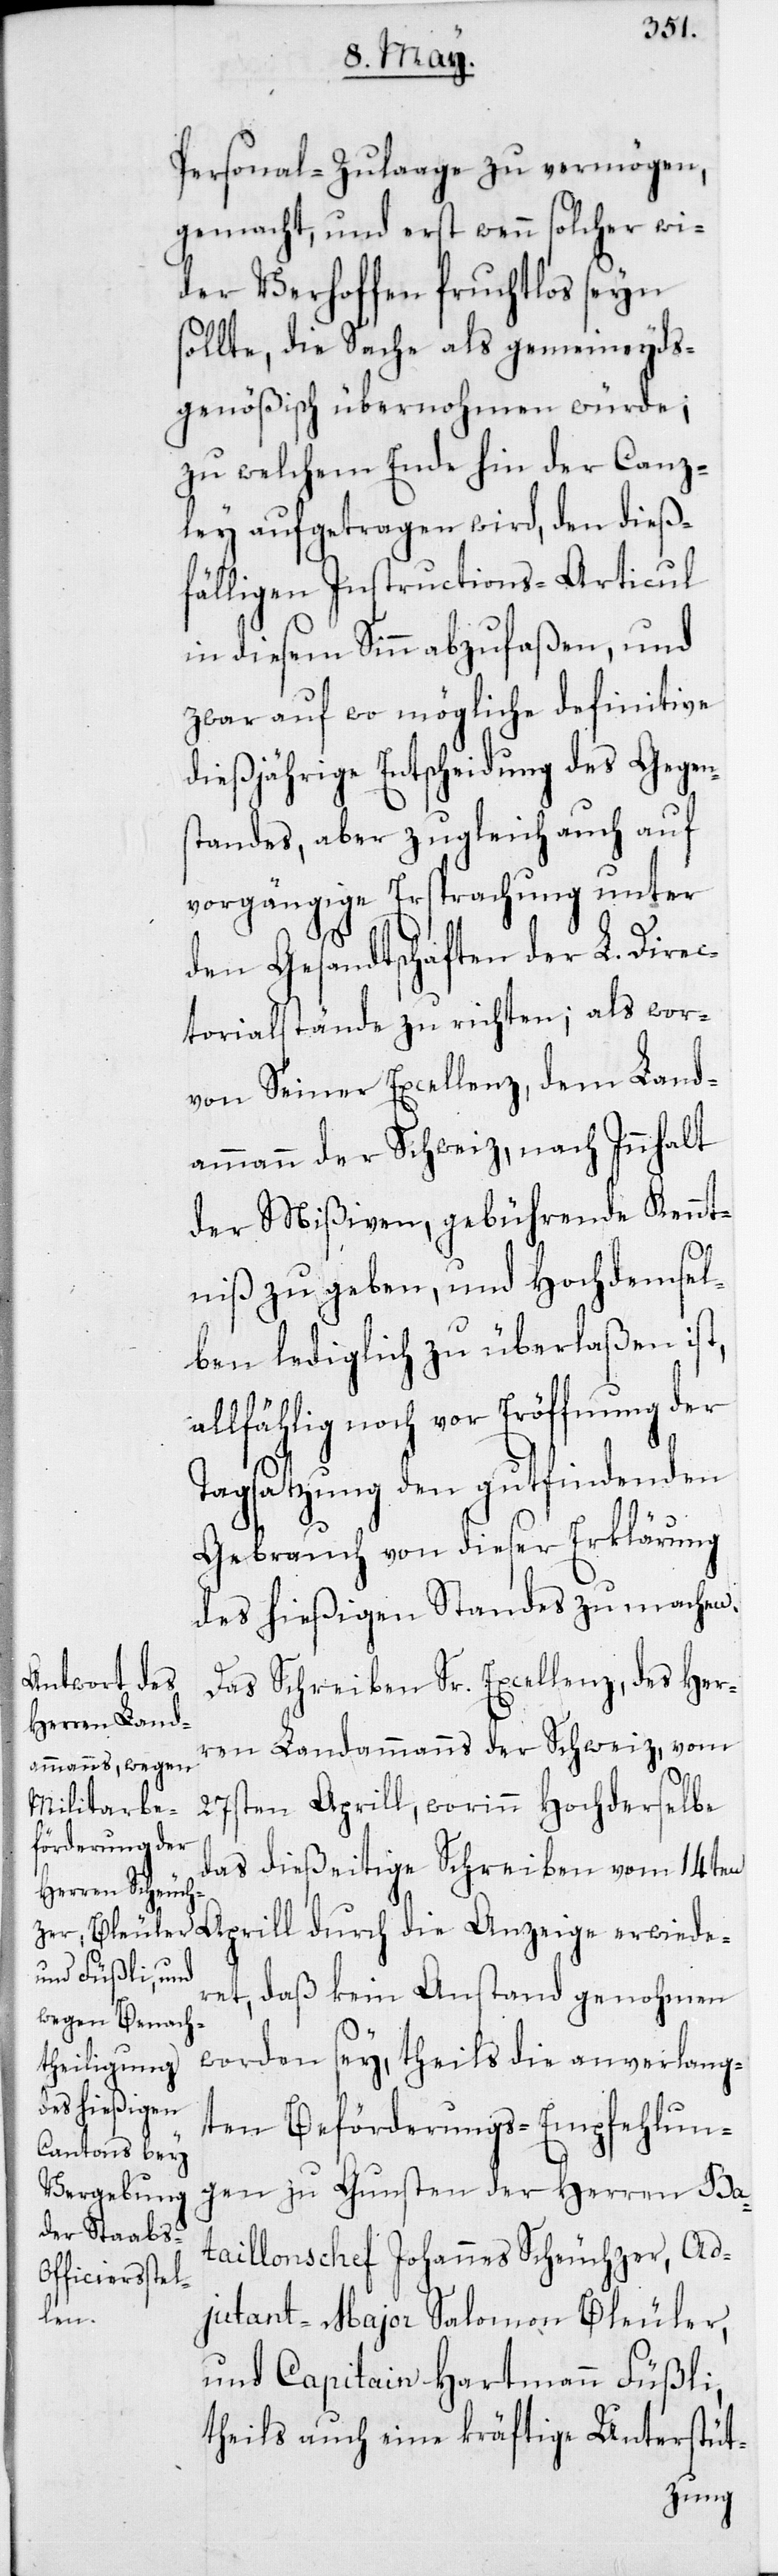
Personal-Zulaage zu vermögen,
gemacht, und erst wenn solcher wi¬
der Verhoffen fruchtlos seyn
sollte, die Sache als gemeineyds¬
genößisch übernohmen würde,
zu welchem Ende hin der Canz¬
ley aufgetragen wird, den dieß¬
fälligen Instructions-Articul
in diesem Sinn abzufaßen, und
zwar auf wo mögliche definitive
dießjährige Entscheidung des Gegen¬
standes, aber zugleich auch auf
vorgängige Ersprachung unter
den Gesandtschaften der L. Direc¬
torialstände zu richten; als worvon
von Seiner Excellenz, dem Land¬
ammann der Schweiz nach Innhalt
der Mißiven, gebührende Kennt¬
niß zu geben, und Hochdemsel¬
ben lediglich zu überlaßen ist,
allfählig noch vor Eröffnung der
Tagsatzung den gut findenden
Gebrauch von dieser Erklärung
des hießigen Standes zu machen.
Das Schreiben Sr. Excellenz des Her¬
ren Landammanns der Schweiz vom
27sten Aprill, worinn Hochderselbe
das dießeitige Schreiben vom 14ten
Aprill durch die Anzeige erwiede¬
ret, daß kein Anstand genohmen
worden sey, theils die anverlang¬
ten Beförderungs-Empfehlun¬
gen zu Gunsten der Herren Ba¬
taillonschef Johannes Scheuchzer, Ad¬
judant-Major Salomon Bleuler,
und Capitain Hartmann Füßli,
theils auch eine kräftige Unterstüt-